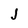
Character: J